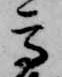
高